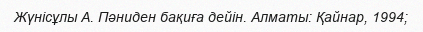
Жүнісұлы А. Пәниден бақиға дейін. Алматы: Қайнар, 1994;